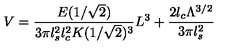
V = \frac { E ( 1 / \sqrt { 2 } ) } { 3 \pi l _ { s } ^ { 2 } l _ { c } ^ { 2 } K ( 1 / \sqrt { 2 } ) ^ { 3 } } L ^ { 3 } + \frac { 2 l _ { c } \Lambda ^ { 3 / 2 } } { 3 \pi l _ { s } ^ { 2 } }